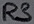
Text: R3